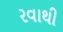
રવાથી